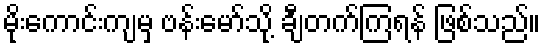
မိုးကောင်းကျမှ ဗန်းမော်သို့ ချီတက်ကြရန် ဖြစ်သည်။